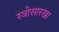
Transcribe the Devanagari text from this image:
स्त्रीसारखा